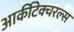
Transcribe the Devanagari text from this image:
आर्कीटेक्चरल्स